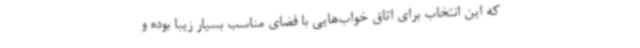
که این انتخاب برای اتاق خواب‌هایی با فضای مناسب بسیار زیبا بوده و